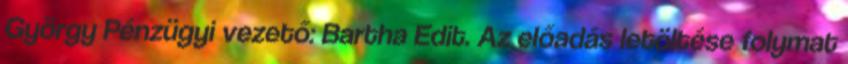
György Pénzügyi vezető: Bartha Edit. Az előadás letöltése folymat